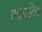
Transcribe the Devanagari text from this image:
एकक्रमिक